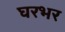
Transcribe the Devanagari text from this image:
घरभर